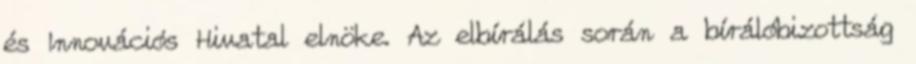
és Innovációs Hivatal elnöke. Az elbírálás során a bírálóbizottság